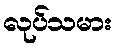
လုပ်သမား